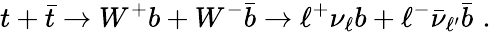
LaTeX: t+\bar{t}\to W^{+}b+W^{-}{\bar{b}}\to\ell^{+}\nu_{\ell}b+\ell^{-}\bar{\nu}_{\ell^{\prime}}\bar{b}\, \, .